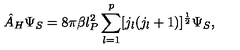
{ \hat { A } } _ { H } \Psi _ { S } = 8 \pi \beta l _ { P } ^ { 2 } \sum _ { l = 1 } ^ { p } [ j _ { l } ( j _ { l } + 1 ) ] ^ { \frac 1 2 } \Psi _ { S } ,